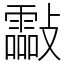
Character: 㪮